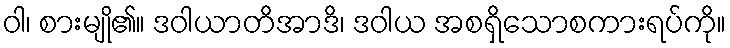
ဝါ၊ စားမျို၏။ ဒဝါယာတိအာဒိ၊ ဒဝါယ အစရှိသောစကားရပ်ကို။